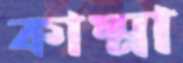
কাম্মা